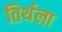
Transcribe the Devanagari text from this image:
तिर्थला